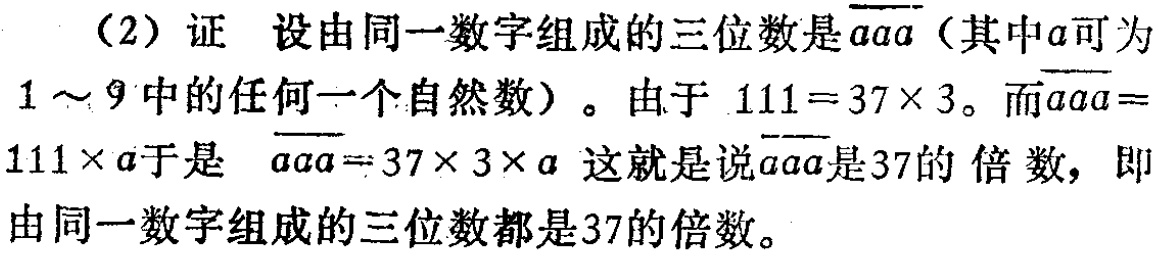
（2）证 设由同一数字组成的三位数是\(\overline{aaa}\)（其中\(a\)可为\(1\sim 9\)中的任何一个自然数）。由于\(111 = 37\times 3\)。而\(\overline{aaa}=111\times a\)于是 \(\overline{aaa}= 37\times 3\times a\) 这就是说\(\overline{aaa}\)是\(37\)的 倍 数，即由同一数字组成的三位数都是\(37\)的倍数。